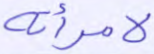
لامرأته